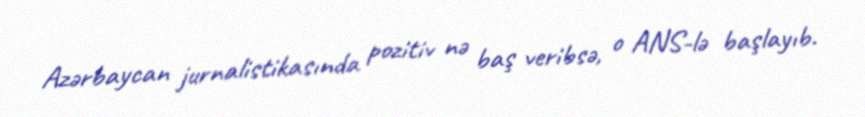
Azərbaycan jurnalistikasında pozitiv nə baş veribsə, o ANS-lə başlayıb.